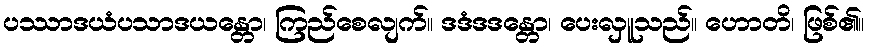
ပဿာဒယံပသာဒယန္တော၊ ကြည်စေလျက်။ ဒဒံဒဒန္တော၊ ပေးလှူသည်။ ဟောတိ၊ ဖြစ်၏။